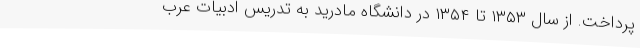
پرداخت. از سال ۱۳۵۳ تا ۱۳۵۴ در دانشگاه مادرید به تدریس ادبیات عرب